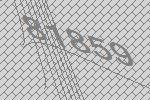
81859